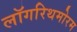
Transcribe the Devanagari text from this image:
लॉगरिथमोरम